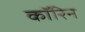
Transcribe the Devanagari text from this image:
कॉरिन